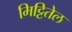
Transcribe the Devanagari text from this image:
मिट्टितेल